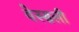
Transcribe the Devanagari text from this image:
वेस्सली